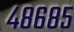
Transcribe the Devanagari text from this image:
४८६८५